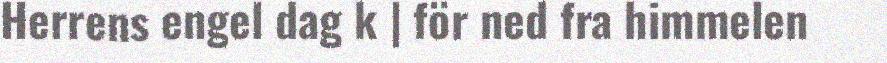
Herrens engel dag k | för ned fra himmelen